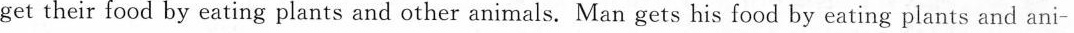
get their food by eating plants and other animals. Man gets his food by eating plants and ani-